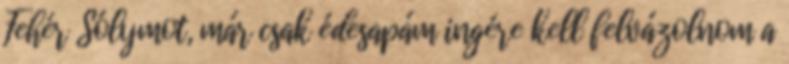
Fehér Sólymot, már csak édesapám ingére kell felvázolnom a